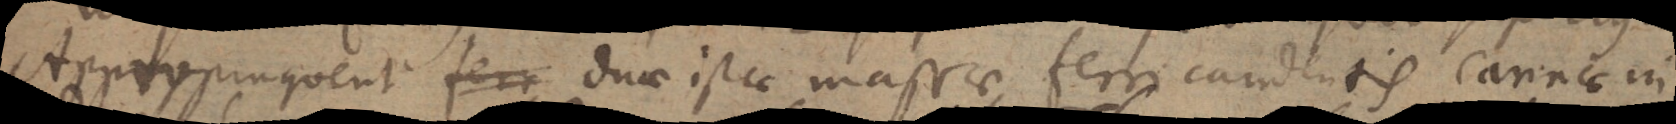
Appropinquent duae istae massae ferri candentis cannae in